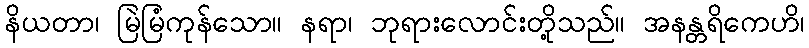
နိယတာ၊ မြဲမြံကုန်သော။ နရာ၊ ဘုရားလောင်းတို့သည်။ အနန္တရိကေဟိ၊